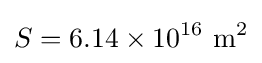
S=6.14\times 10^{16}~\mathrm {m^{2}}